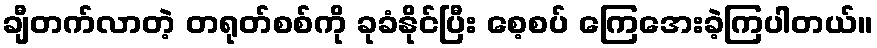
ချီတက်လာတဲ့ တရုတ်စစ်ကို ခုခံနိုင်ပြီး စေ့စပ် ကြေအေးခဲ့ကြပါတယ်။